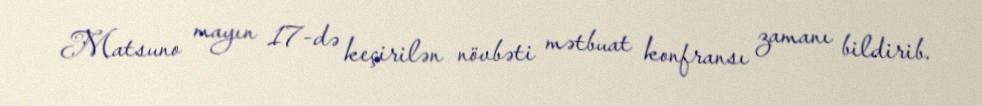
Matsuno mayın 17-də keçirilən növbəti mətbuat konfransı zamanı bildirib.